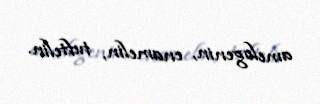
amelogenin, enamelin, tuftelin.